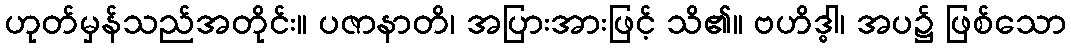
ဟုတ်မှန်သည်အတိုင်း။ ပဇာနာတိ၊ အပြားအားဖြင့် သိ၏။ ဗဟိဒ္ဓါ၊ အပ၌ ဖြစ်သော